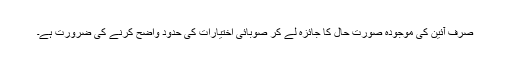
صرف آئین کی موجودہ صورت حال کا جائزہ لے کر صوبائی اختیارات کی حدود واضح کرنے کی ضرورت ہے۔